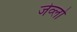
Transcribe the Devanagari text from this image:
जेव्लो